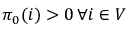
\pi _ { 0 } ( i ) > 0 \, \forall i \in V